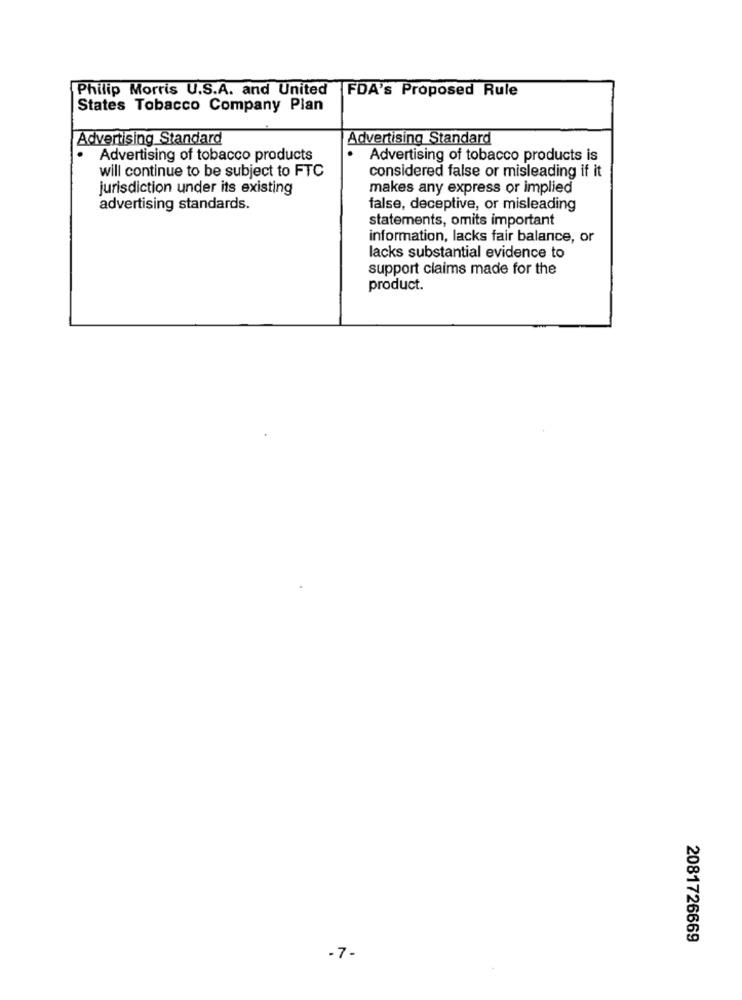
Philip Morris U.S.A. and United
FDA's Proposed Rule
States Tobacco Company Plan
Advertising Standard
Advertising Standard
Advertising of tobacco products
Advertising of tobacco products is
considered false or misleading if it
will continue to be subject to FTC
jurisdiction under its existing
makes any express or implied
advertising standards.
false, deceptive, or misleading
statements, omits important
information, lacks fair balance, or
lacks substantial evidence to
support claims made for the
product.
2081726669
-7